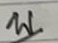
บ